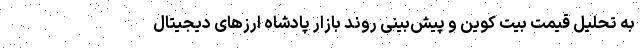
به تحلیل قیمت بیت کوین و پیش‌بینی روند بازار پادشاه ارزهای دیجیتال